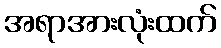
အရာအားလုံးထက်